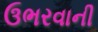
ઉભરવાની